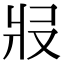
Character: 𤕱